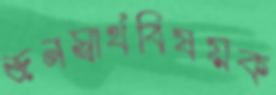
জনস্বার্থবিষয়ক